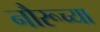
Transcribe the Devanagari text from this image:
नौरूच्या